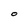
Character: O